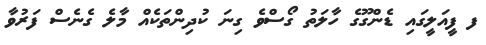
ފ ފީއަލީގައި ޑެންގޫގެ ހާލަތު ގޯސްވެ ގިނަ ކުދިންތަކެއް މާލެ ގެނެސް ފަރުވާ